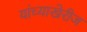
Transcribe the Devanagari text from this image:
यांच्याखेरीज